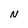
Character: N